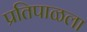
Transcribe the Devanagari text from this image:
प्रतिपाळला